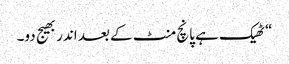
“ ٹھیک ہے پانچ منٹ کے بعد اندر بھیج دو۔